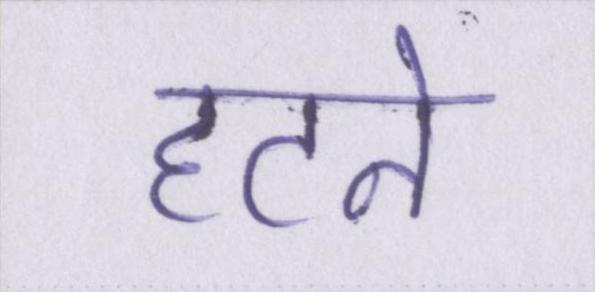
हटने